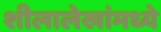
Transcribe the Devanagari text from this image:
शीलालेखांमध्ये